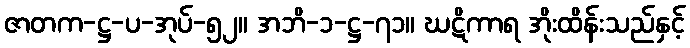
ဇာတက-ဋ္ဌ-ပ-အုပ်-၅၂။ အဘိ-၁-ဋ္ဌ-၇၁။ ဃဋိကာရ အိုးထိန်းသည်နှင့်